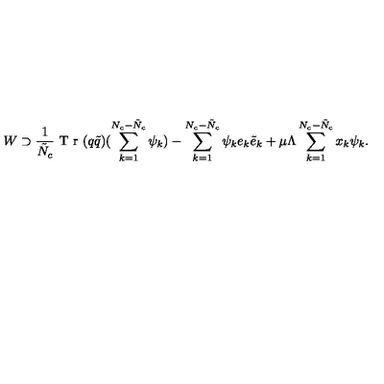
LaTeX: W \supset \frac { 1 } { \tilde { N } _ { c } } \textup { T r } ( q \tilde { q } ) ( \sum _ { k = 1 } ^ { N _ { c } - \tilde { N } _ { c } } \psi _ { k } ) - \sum _ { k = 1 } ^ { N _ { c } - \tilde { N } _ { c } } \psi _ { k } e _ { k } \tilde { e } _ { k } + \mu \Lambda \sum _ { k = 1 } ^ { N _ { c } - \tilde { N } _ { c } } x _ { k } \psi _ { k } .